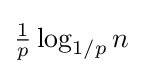
{\tfrac {1}{p}}\log _{1/p}n